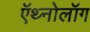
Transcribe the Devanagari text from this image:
ऍथ्नोलॉग